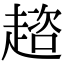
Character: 趦